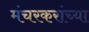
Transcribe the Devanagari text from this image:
मंचरकरांच्या